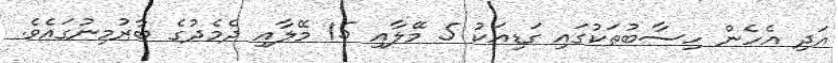
އަދި އެހެން ހިސާބުތަކުގައި ގަޑިއަކު 5 މޭލާއި 15 މޭލާއި ދެމެދުގެ ބާރުމިނުގައެވެ.